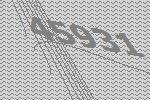
45931